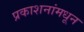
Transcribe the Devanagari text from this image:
प्रकाशनांमधून